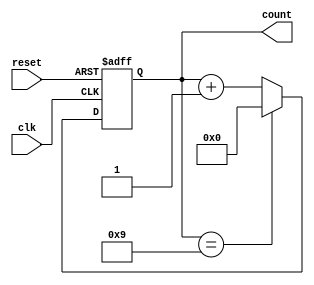
module decade_counter (
    input wire clk,
    input wire reset,
    output reg [3:0] count
);

// Internal signal for the next count value
reg [3:0] next_count;

always @(posedge clk or posedge reset) begin
    if (reset) begin
        count <= 4'b0000; // Reset count to 0
    end else begin
        if (count == 4'b1001) begin // Check if current count is 9
            count <= 4'b0000; // Reset count to 0
        end else begin
            count <= count + 4'b0001; // Increment count by 1
        end
    end
end

endmodule